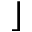
\rfloor